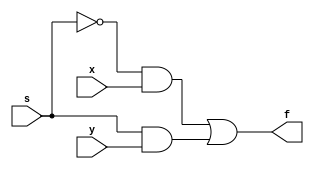
module mux2to1(x,y,s,f);
	input x,y,s;
	output f;
	assign f=(~s&x)|(s&y);
endmodule

module posedge_triggered(d, clock, q, reset_value);
	input d, clock, reset_value;
	output reg q;
	always@(posedge clock)
	begin
		if(reset_value==1)
			q<=1;
		else
			q<=d;
	end
endmodule

module subcircuit(right, left, rotate, data, loadn, clock, q, reset_value);
	input right, left, rotate, data, loadn, clock, reset_value;
	output q;
	wire w1,w2;
	mux2to1 m1 (right,left, rotate, w1);
	mux2to1 m2 (data, w1, loadn, w2);
	posedge_triggered p1 (w2, clock, q, reset_value);
endmodule


module connection (data, rotate, loadn, clock, reset_value, asright, q);
	input [7:0]data;
	input  rotate, loadn, clock, reset_value, asright;
	output [7:0]q;
	//wire temp;
	//assign temp=q[0];
	wire w3;
	
	subcircuit s0 (q[7], q[1], rotate, data[0], loadn, clock, q[0], reset_value);
	subcircuit s1 (q[0], q[2], rotate, data[1], loadn, clock, q[1], reset_value);
	subcircuit s2 (q[1], q[3], rotate, data[2], loadn, clock, q[2], reset_value);
	subcircuit s3 (q[2], q[4], rotate, data[3], loadn, clock, q[3], reset_value);
	subcircuit s4 (q[3], q[5], rotate, data[4], loadn, clock, q[4], reset_value);
	subcircuit s5 (q[4], q[6], rotate, data[5], loadn, clock, q[5], reset_value);
	subcircuit s6 (q[5], q[7], rotate, data[6], loadn, clock, q[6], reset_value);
	subcircuit s7 (q[6], w3, rotate, data[7], loadn, clock, q[7], reset_value);
	mux2to1 s8 (q[0], q[7], asright, w3);
endmodule

module top(SW,KEY,LEDR);
	input [9:0]SW;
	input [3:0]KEY;
	output [9:0]LEDR;
	
	connection C1 (SW[7:0], KEY[2], KEY[1], KEY[0], SW[9], KEY[3],LEDR[7:0]);
	
endmodule